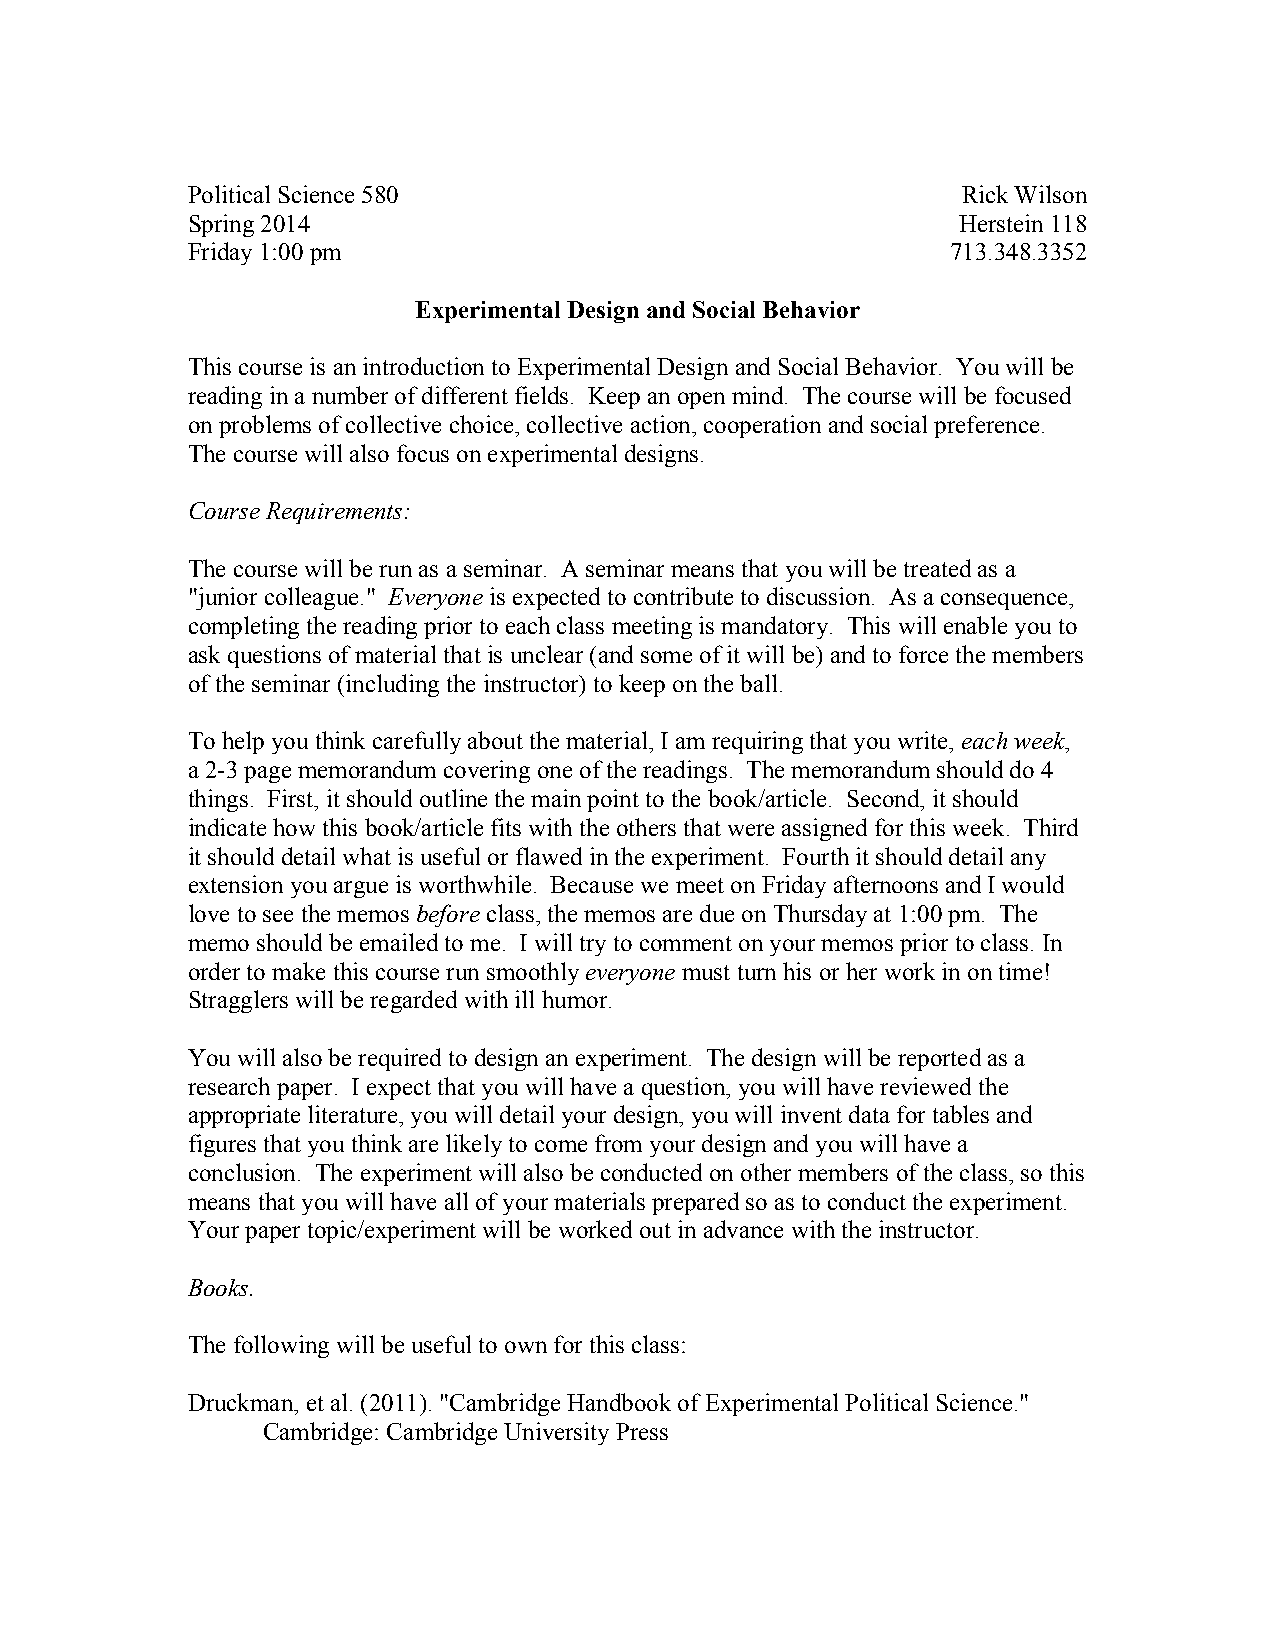
Political Science 580                               Rick Wilson
 Spring 2014                                        Herstein 118
 Friday 1:00 pm                                     713.348.3352
 Experimental Design and Social Behavior
 This course is an introduction to Experimental Design and Social Behavior. You will be
 reading in a number of different fields. Keep an open mind. The course will be focused
 on problems of collective choice, collective action, cooperation and social preference.
 The course will also focus on experimental designs.
 Course Requirements:
 The course will be run as a seminar. A seminar means that you will be treated as a
 "junior colleague." Everyone is expected to contribute to discussion. As a consequence,
 completing the reading prior to each class meeting is mandatory. This will enable you to
 ask questions of material that is unclear (and some of it will be) and to force the members
 of the seminar (including the instructor) to keep on the ball.
 To help you think carefully about the material, I am requiring that you write, each week,
 a 2-3 page memorandum covering one of the readings. The memorandum should do 4
 things. First, it should outline the main point to the book/article. Second, it should
 indicate how this book/article fits with the others that were assigned for this week. Third
 it should detail what is useful or flawed in the experiment. Fourth it should detail any
 extension you argue is worthwhile. Because we meet on Friday afternoons and I would
 love to see the memos before class, the memos are due on Thursday at 1:00 pm. The
 memo should be emailed to me. I will try to comment on your memos prior to class. In
 order to make this course run smoothly everyone must turn his or her work in on time!
 Stragglers will be regarded with ill humor.
 You will also be required to design an experiment. The design will be reported as a
 research paper. I expect that you will have a question, you will have reviewed the
 appropriate literature, you will detail your design, you will invent data for tables and
 figures that you think are likely to come from your design and you will have a
 conclusion. The experiment will also be conducted on other members of the class, so this
 means that you will have all of your materials prepared so as to conduct the experiment.
 Your paper topic/experiment will be worked out in advance with the instructor.
 Books.
 The following will be useful to own for this class:
 Druckman, et al. (2011). "Cambridge Handbook of Experimental Political Science."
 Cambridge: Cambridge University Press